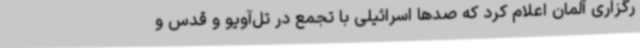
رگزاری آلمان اعلام کرد که صدها اسرائیلی با تجمع در تل‌آویو و قدس و